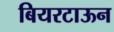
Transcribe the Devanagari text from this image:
बियरटाऊन